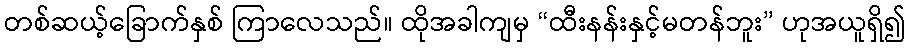
တစ်ဆယ့်ခြောက်နှစ် ကြာလေသည်။ ထိုအခါကျမှ “ထီးနန်းနှင့်မတန်ဘူး” ဟုအယူရှိ၍